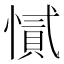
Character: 㦐